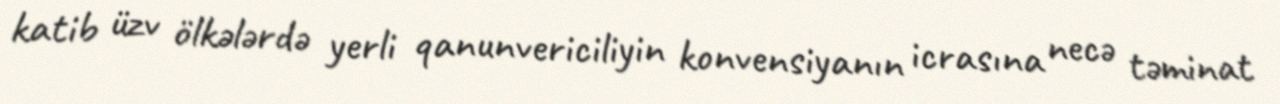
katib üzv ölkələrdə yerli qanunvericiliyin konvensiyanın icrasına necə təminat